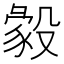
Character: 𣪴